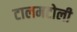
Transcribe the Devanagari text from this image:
टालमटोली